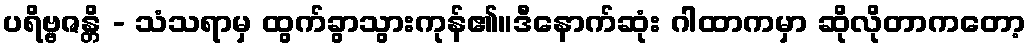
ပရိဗ္ဗဇန္တိ - သံသရာမှ ထွက်ခွာသွားကုန်၏။ဒီနောက်ဆုံး ဂါထာကမှာ ဆိုလိုတာကတော့